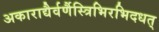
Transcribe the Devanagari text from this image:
अकाराद्यैर्वर्णैस्त्रिभिरभिदधत्